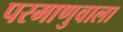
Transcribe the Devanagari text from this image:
परमाणुवाला